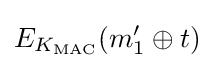
E_{K_{\text{MAC}}}(m_{1}'\oplus t)